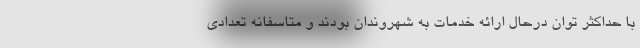
با حداکثر توان درحال ارائه خدمات به شهروندان بودند و متاسفانه تعدادی